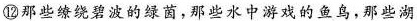
⑫那些缭绕碧波的绿茵，那些水中游戏的鱼鸟，那些湖